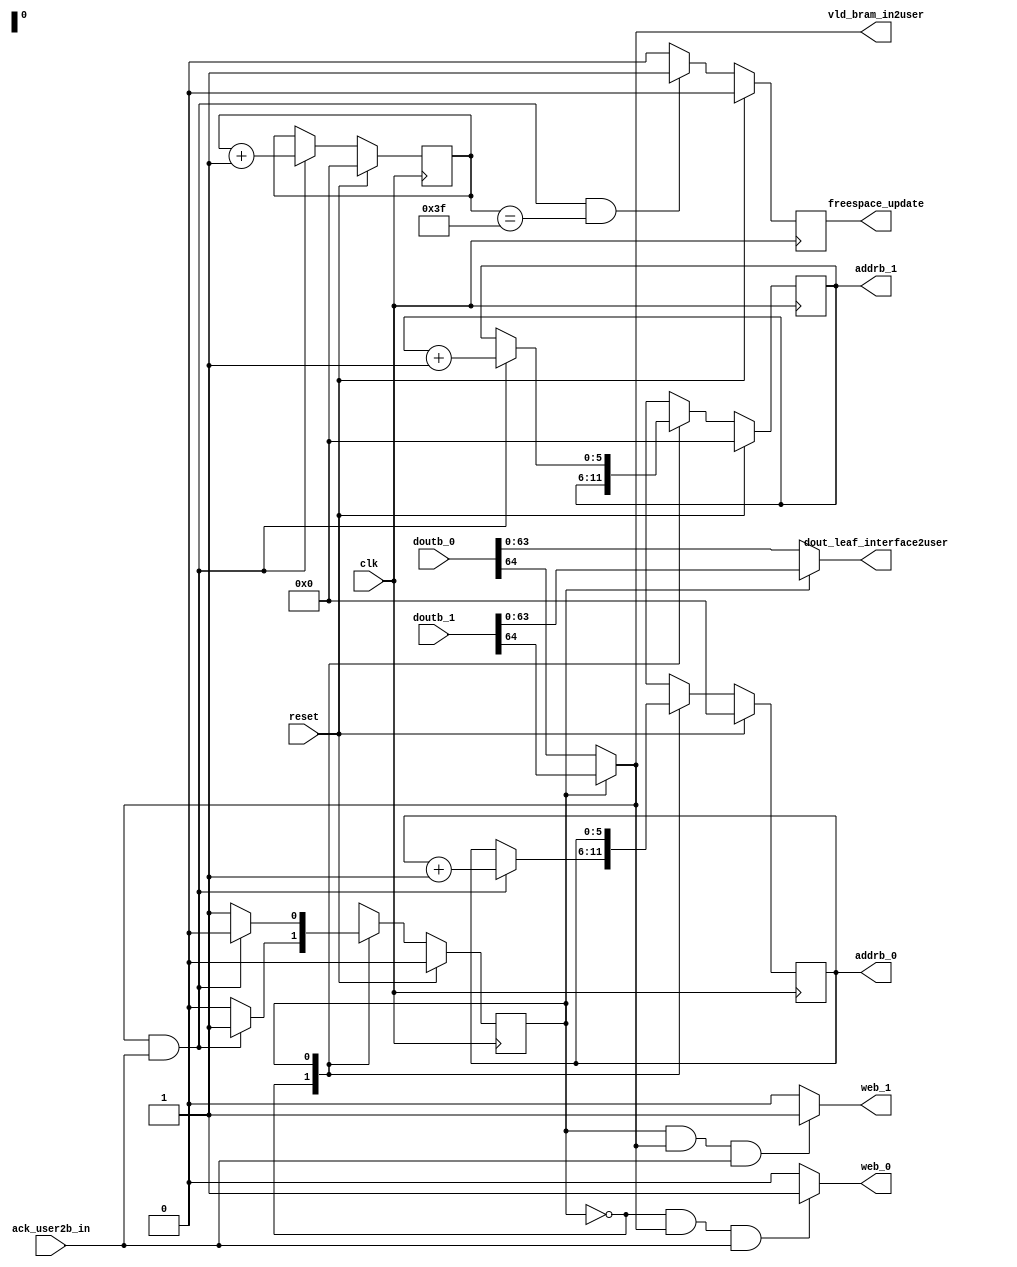
module read_b_in #(
    parameter FREESPACE_UPDATE_SIZE = 64,
    parameter PAYLOAD_BITS = 64,
    parameter NUM_ADDR_BITS = 7,
    localparam R0W1 = 1'b0, //
    localparam R1W0 = 1'b1
    )(
    input clk,
    input reset,
    input ack_user2b_in,
    input [PAYLOAD_BITS:0] doutb_0,
    input [PAYLOAD_BITS:0] doutb_1,

    output reg [NUM_ADDR_BITS-2:0] addrb_0,
    output reg [NUM_ADDR_BITS-2:0] addrb_1,
    output [PAYLOAD_BITS-1:0] dout_leaf_interface2user,
    output vld_bram_in2user,
    output reg freespace_update,
    // b_in_web invalidates used data by deassert the valid bit
    output reg web_0,
    output reg web_1
    );

    reg [NUM_ADDR_BITS-2:0] numConsumed;
    reg state;
    reg next_state;
    
    assign dout_leaf_interface2user = (state == R0W1) ? doutb_0[PAYLOAD_BITS-1:0] : doutb_1[PAYLOAD_BITS-1:0];
    assign vld_bram_in2user = (state == R0W1) ? doutb_0[PAYLOAD_BITS] : doutb_1[PAYLOAD_BITS];
    
    always@(posedge clk) 
    begin
        if(reset) begin
            state <= R0W1;
        end
        else begin
            state <= next_state;
        end
    end

    // state transition table
    always@(*) begin
        case(state)
            R0W1: begin
                if(vld_bram_in2user && ack_user2b_in) begin
                    next_state = R1W0;
                end else begin
                    next_state = R0W1;
                end
            end
            R1W0: begin
                if(vld_bram_in2user && ack_user2b_in) begin
                    next_state = R0W1;
                end else begin
                    next_state = R1W0;
                end
            end
        endcase
    end

   //addrb
   always@(posedge clk) begin
       if(reset) begin
           addrb_0 <= 0;
           addrb_1 <= 0;
       end
       else begin
           case(state)
               R0W1: begin
                   if(vld_bram_in2user && ack_user2b_in) begin
                        addrb_0 <= addrb_0+1;
                        addrb_1 <= addrb_1;
                   end else begin
                        addrb_0 <= addrb_0;
                        addrb_1 <= addrb_1;     
                   end
               end
               R1W0: begin
                   if(vld_bram_in2user && ack_user2b_in) begin
                        addrb_0 <= addrb_0;
                        addrb_1 <= addrb_1+1;
                   end else begin
                        addrb_0 <= addrb_0;
                        addrb_1 <= addrb_1;     
                   end
               end
           endcase
       end
   end  

   //numConsumed
    always@(posedge clk) begin
        if(reset) begin
            numConsumed <= 0;
        end else if(vld_bram_in2user && ack_user2b_in) begin
            numConsumed <= numConsumed + 1;
        end else begin
            numConsumed <= numConsumed;              
        end
    end  
   

   //freespace_update
    always@(posedge clk) begin
        if(reset) begin
            freespace_update <= 0;
        end else if(vld_bram_in2user && ack_user2b_in && numConsumed==FREESPACE_UPDATE_SIZE-1) begin
            freespace_update <= 1;
        end else begin
            freespace_update <= 0;            
       end
   end  
   
   
   //web_0
   always@(*) begin
       if(state == R0W1 && vld_bram_in2user && ack_user2b_in) begin
            web_0 = 1;
       end else begin
            web_0 = 0;              
       end
    end
   
   //web_1
    always@(*) begin
        if(state == R1W0 && vld_bram_in2user && ack_user2b_in) begin
             web_1 = 1;
        end else begin
             web_1 = 0;              
        end
     end   
     

endmodule